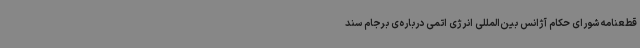
قطعنامه شورای حکام آژانس بین‌المللی انرژی اتمی درباره‌ی برجام سند